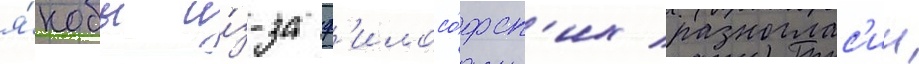
я́кобы и́з-за ф'илосо́фск'их разноглас'ии